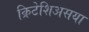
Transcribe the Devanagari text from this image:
क्रिटेशिअसया